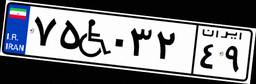
۷۵W۰۳۲۴۹